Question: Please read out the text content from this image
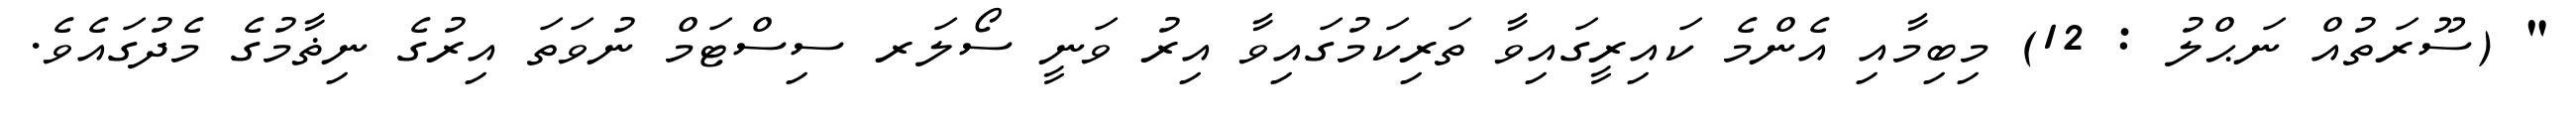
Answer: " (ސޫރަތުއް ނަޙްލު : 12) މިބިމާއި އެންމެ ކައިރީގައިވާ ތަރިކަމުގައިވާ އިރު ވަނީ ސޯލަރ ސިސްޓަމް ނުވަތަ އިރުގެ ނިޡާމުގެ މެދުގައެވެ.